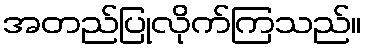
အတည်ပြုလိုက်ကြသည်။